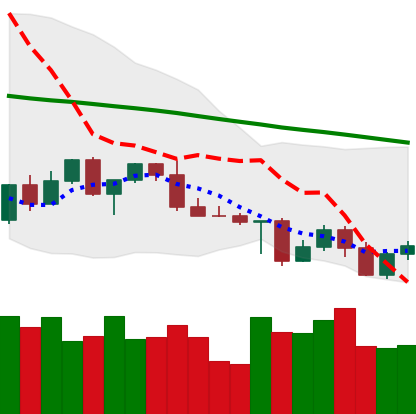
Ticker: LTC-USD
Chart end date: 2022-05-02
Forward return: -6.08%
Label: down_5_7